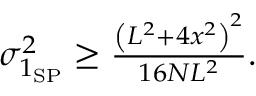
\begin{array} { r } { \sigma _ { 1 _ { \mathrm { S P } } } ^ { 2 } \geq \frac { \left( L ^ { 2 } + 4 x ^ { 2 } \right) ^ { 2 } } { 1 6 N L ^ { 2 } } . } \end{array}